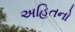
અહિતનો